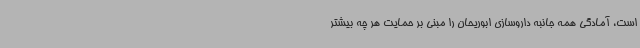
است، آمادگی همه جانبه داروسازی ابوریحان را مبنی بر حمایت هر چه بیشتر